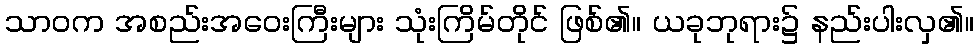
သာဝက အစည်းအဝေးကြီးများ သုံးကြိမ်တိုင် ဖြစ်၏။ ယခုဘုရား၌ နည်းပါးလှ၏။